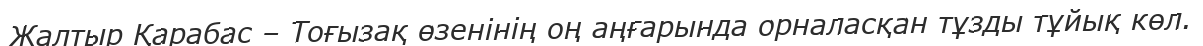
Жалтыр Қарабас – Тоғызақ өзенінің оң аңғарында орналасқан тұзды тұйық көл.